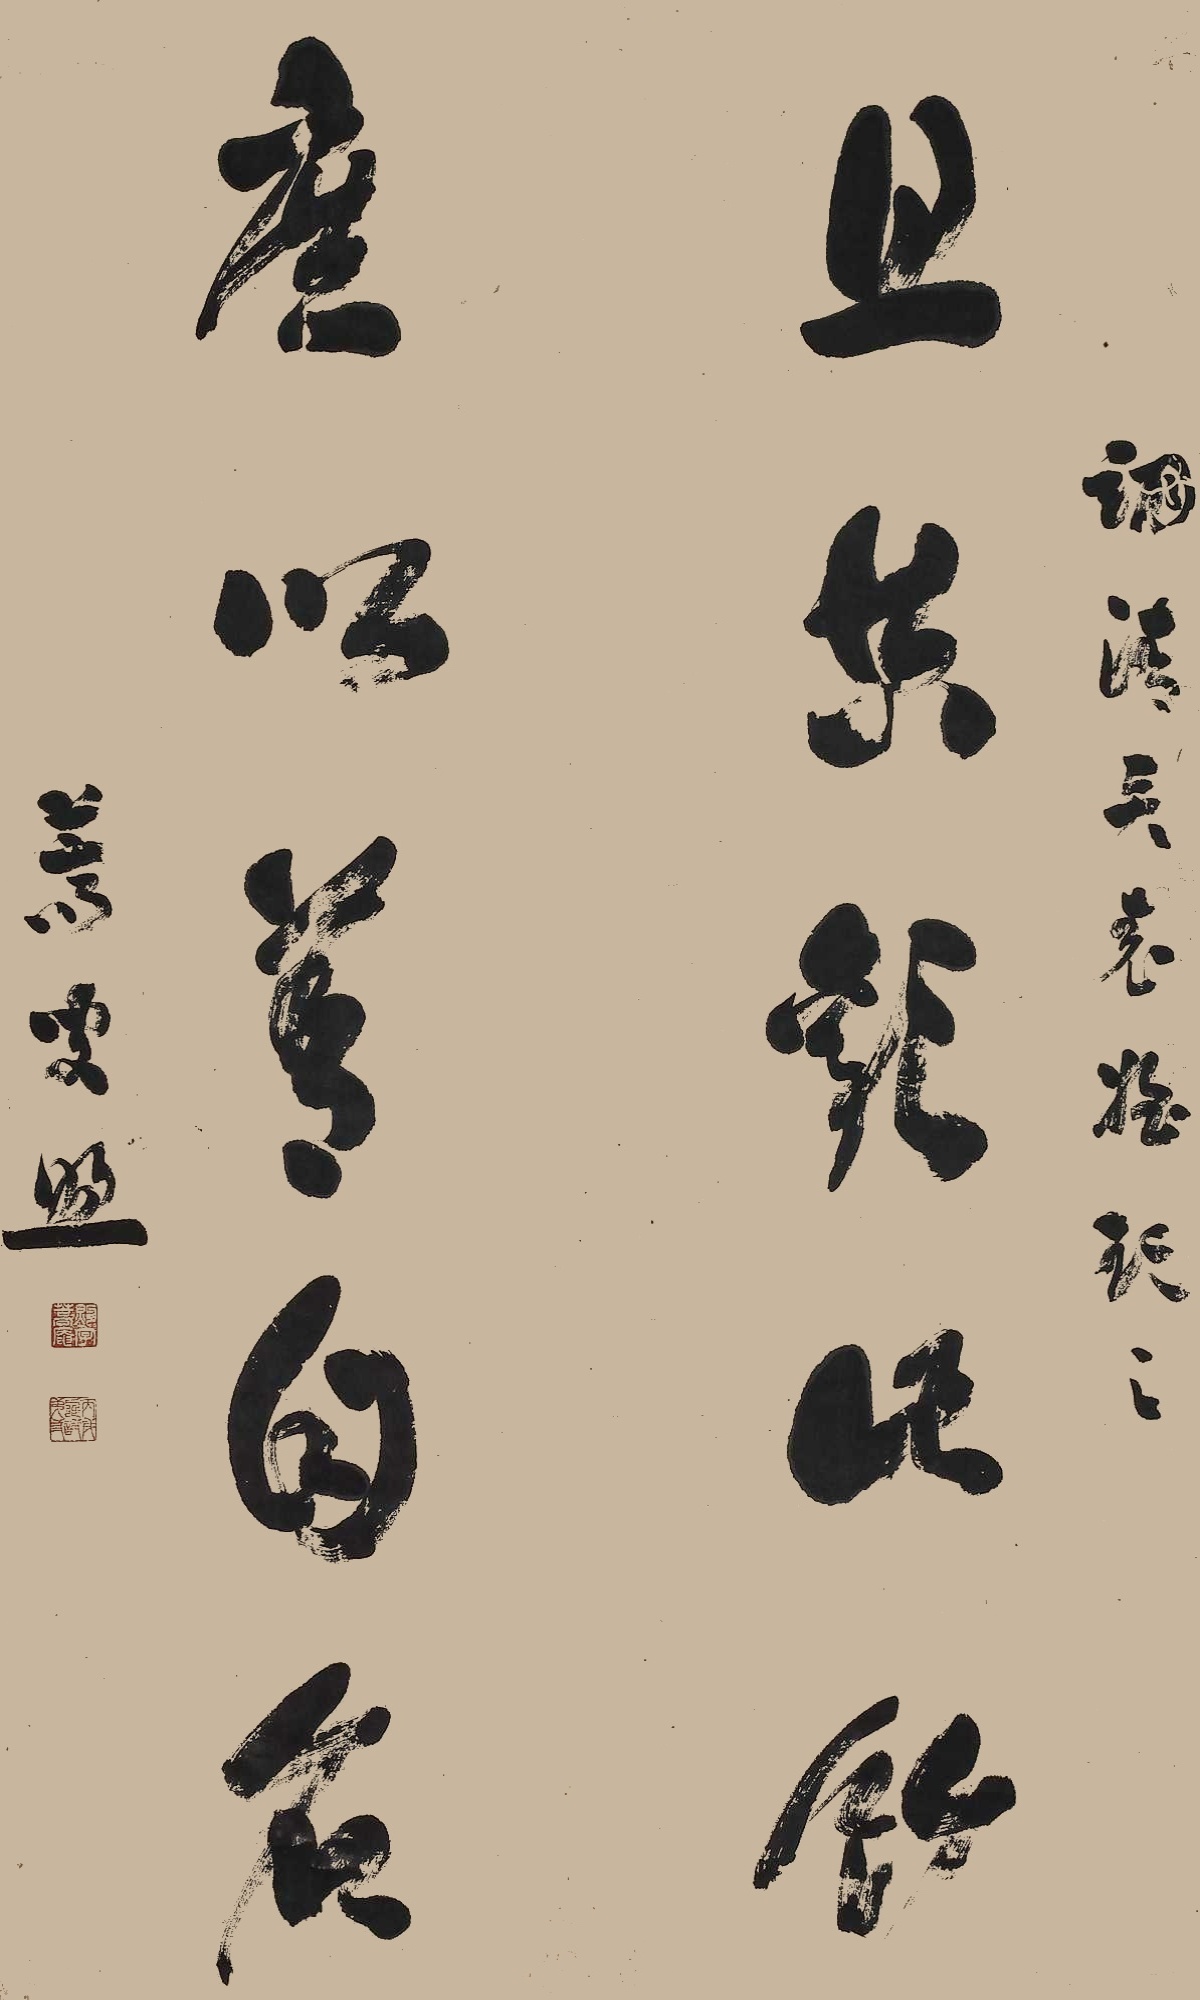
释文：且共欢此饮，庶以善自名。翊清三表姪玩之，蒿叟煦。